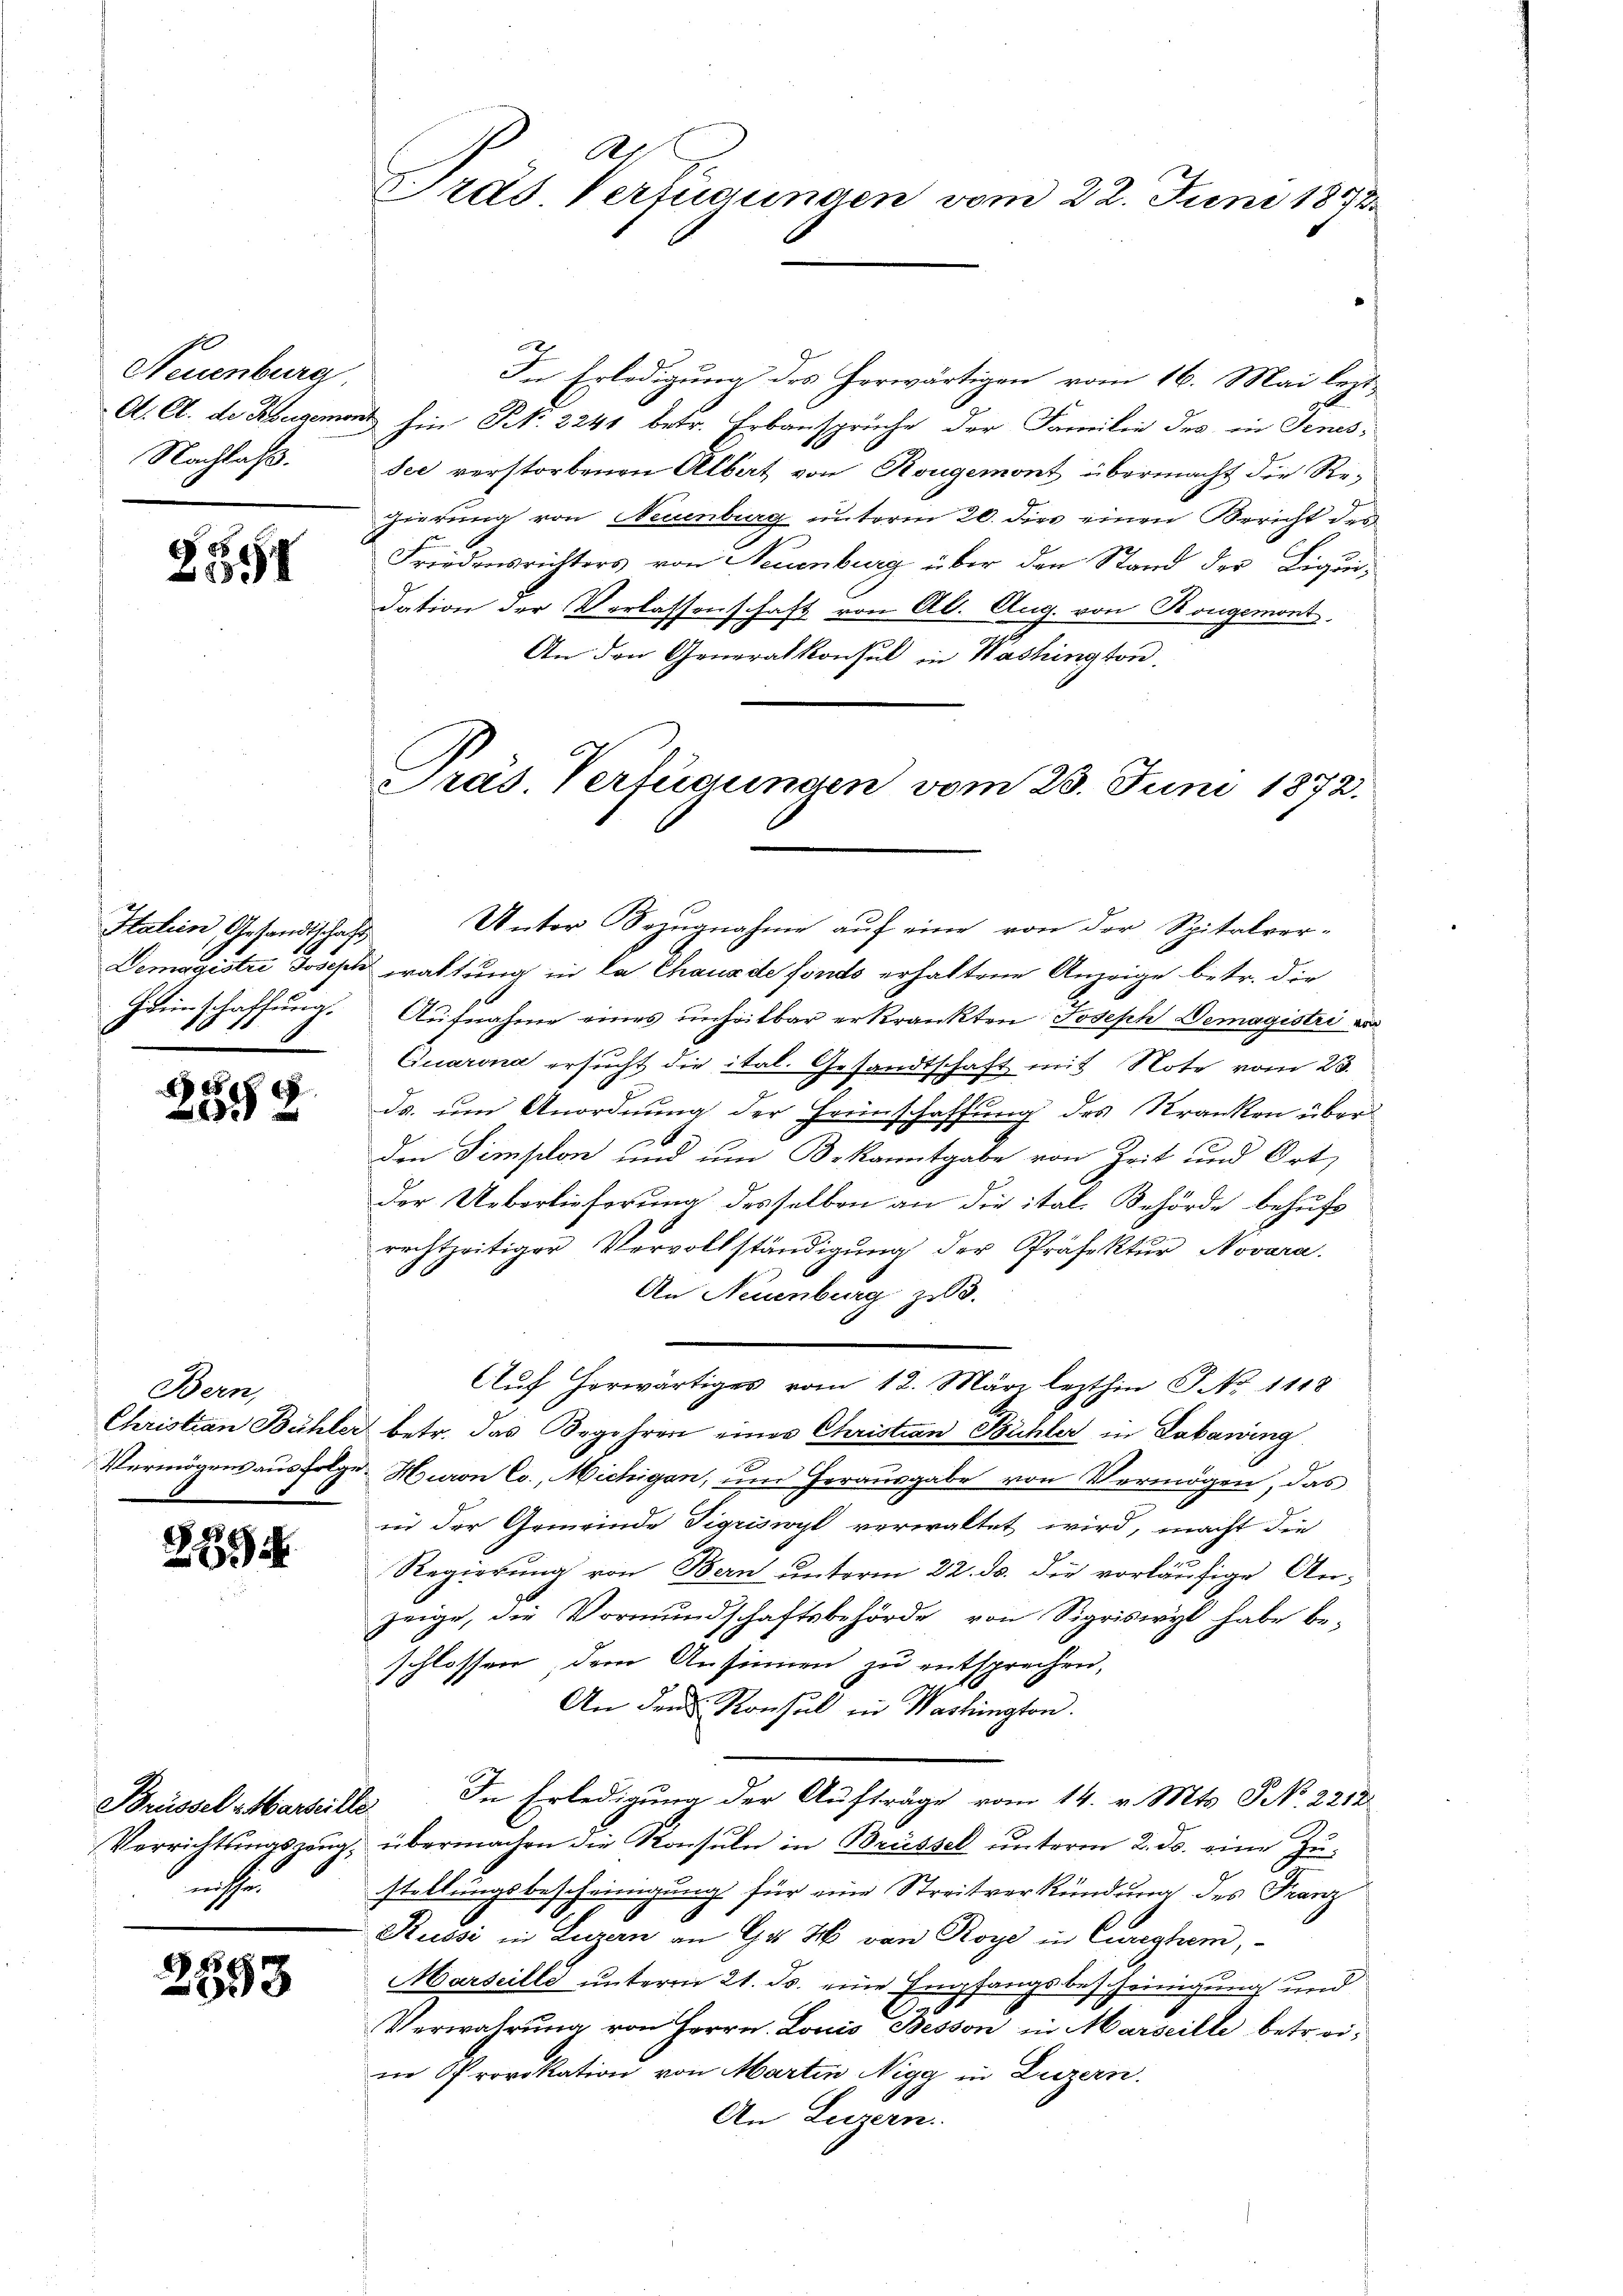
Neuenburg.
Nachlaß.

2357

Station, Gesandtschaft
Heimschaffung.

g
x

Bern,
Vermögens aus folge

2894

iche

2553

2
Gras Verfügungen vom 22. Juni 1873

Pras. Verfügungen vom 23. Juni 1872.

2
In Erledigung des herwärtigen vom 16. Mai lezt
A. C. de Hegemont hin Frk. 2241 betr. Erbansprüche der Familie des in Jenissee verstorbenen Albat von Rougemont übermacht die Re-
zierung von Neuenburg unterm 20. dies einen Bericht des
Friedensrichters von Neuenburg über den Stand der Liquidation der Verlassenschaft von Al. Aug. von Bougemont
An den Generalkonsul in Washington
Unter Bezugnahme auf eine von der Spitalver-
Demagistri Joseph waltung in da Chaux de fonds erhaltene Anzeige betr. die
Aufnahme eines unheitbar erkrankten Joseph Demagistri au
Quarona ersucht die ital. Gesandtschaft mit Note vom 23.
ds. um Anordnung der Heimschaffung des Kranken über
den Simplon und um Bekanntgabe von Zeit und Ort
Der Ueberlieferung desselben an die ital. Behörde behufs
rechtzeitiger Vervollständigung der Präfektur Novara.
An Neuenburg zu 3.
Aŭf herwärtiges vom 12. März lezthin P. No 1118
Christian Bühler betr. das Begehren eines Christian Bühler in Lobarding
d. Huron Co., Michigen, um Herausgabe von Vermögen, das
in der Gemeinde Sigriswyl verwaltet wird, macht die
Regierung von Bern unterm 22. ds. die vorläufige Anzeige, die Vormundschaftsbehörde von Sigriswyl habe be-
schlossen, dem Ansinnen zu entsprechen,
An den Konsul in Washington.
Brüssel Marseille. In Erledigung der Aufträge vom 14. v. Mts. No. 2212
Verrichtŭngszeŭg, übermachen die Konsuln in Brüssel unterm 2. ds. eine Zu-
stellungsbescheinigung für eine Streitverkündung des Franz
Russi in Luzern an G. H. von Roye in Curighem,
Marseille unterm 21. Js. eine Empfangsbescheinigung und
Verwahrung von Herrn. Louis Besson in Marseille betreiin Provokation von Martin Nigg in Luzern.
An Luzern.